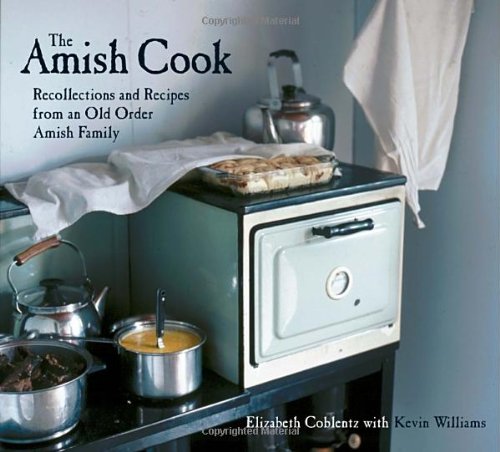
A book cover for The Amish Cook: Recollections and Recipes from an Old Order Amish Family; Elizabeth Coblentz; Cookbooks, Food & Wine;